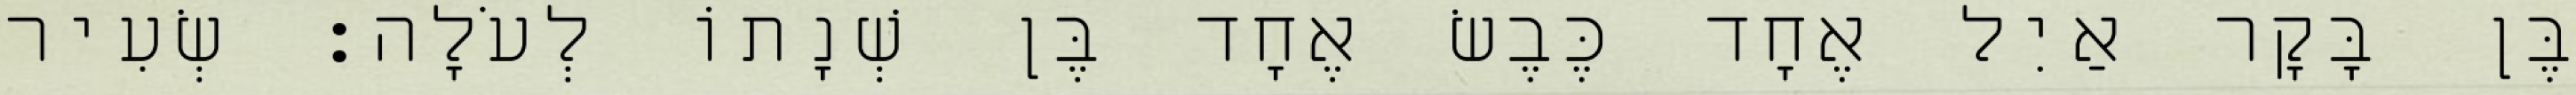
בֶּן בָּקָר אַיִל אֶחָד כֶּבֶשׂ אֶחָד בֶּן שְׁנָתוֹ לְעֹלָה׃ שְׂעִיר